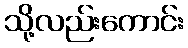
သို့လည်းကောင်း